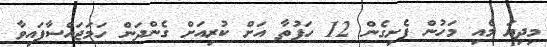
މިދިޔަ މެއި މަހުން ފެށިގެން 12 ހަފުތާ އަށް ކުރިއަށް ގެންދަން ހަމަޖައްސާފައިވާ